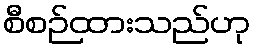
စီစဉ်ထားသည်ဟု